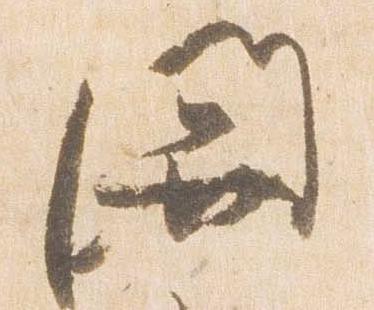
関